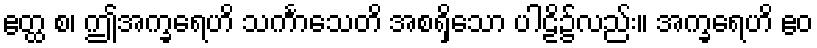
ဧတ္ထ စ၊ ဤအက္ခရေဟိ သင်္ကာသေတိ အစရှိသော ပါဠိ၌လည်း။ အက္ခရေဟိ ဧဝ